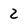
Character: 2